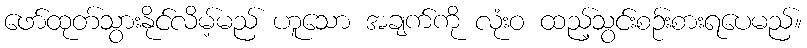
ဖော်ထုတ်သွားနိုင်လိမ့်မည် ဟူသော အချက်ကို လုံးဝ ထည့်သွင်းစဉ်းစားရပေမည်။